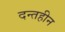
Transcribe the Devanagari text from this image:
दन्तहीन